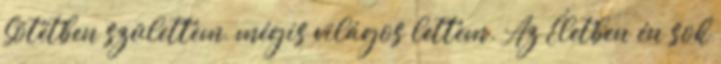
Sötétben születtem, mégis világos lettem. Az Életben én sok